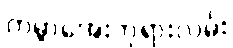
ကမ္ဘာအေးဘုရားလမ်း